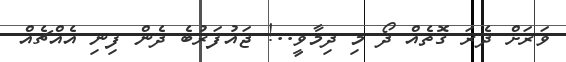
ވަރަށް ދެރަ ގޮތެއް ދޯ މި ދިމާވީ..! ޖައުފަރުބެ ދެން ފިނި އެއްޗެއް